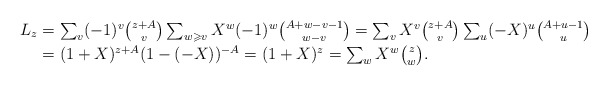
\begin{align*}\textstyle L_z & = \textstyle \smash{\sum_v (-1)^v {z+A \choose v} \sum_{w\geqslant v} X^w (-1)^{w} {A+w-v-1 \choose w-v} = \sum_v X^v {z+A \choose v} \sum_{u} (-X)^{u} {A+u-1 \choose u}} \\& = \textstyle \smash{(1 + X)^{z+A} (1-(-X))^{-A} = (1+X)^z = \sum_{w} X^w {z \choose w}}.\end{align*}